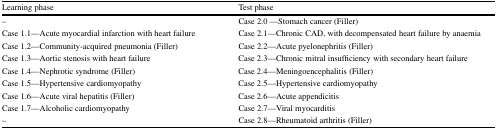
<table><thead><tr><td><b>Learning phase</b></td><td><b>Test phase</b></td></tr></thead><tbody><tr><td>–</td><td>Case 2.0 —Stomach cancer (Filler)</td></tr><tr><td>Case 1.1—Acute myocardial infarction with heart failure</td><td>Case 2.1—Chronic CAD, with decompensated heart failure by anaemia</td></tr><tr><td>Case 1.2—Community-acquired pneumonia (Filler)</td><td>Case 2.2—Acute pyelonephritis (Filler)</td></tr><tr><td>Case 1.3—Aortic stenosis with heart failure</td><td>Case 2.3—Chronic mitral insufficiency with secondary heart failure</td></tr><tr><td>Case 1.4—Nephrotic syndrome (Filler)</td><td>Case 2.4—Meningoencephalitis (Filler)</td></tr><tr><td>Case 1.5—Hypertensive cardiomyopathy</td><td>Case 2.5—Hypertensive cardiomyopathy</td></tr><tr><td>Case 1.6—Acute viral hepatitis (Filler)</td><td>Case 2.6—Acute appendicitis</td></tr><tr><td>Case 1.7—Alcoholic cardiomyopathy</td><td>Case 2.7—Viral myocarditis</td></tr><tr><td>–</td><td>Case 2.8—Rheumatoid arthritis (Filler)</td></tr></tbody></table>